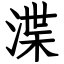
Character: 渫